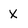
Character: x